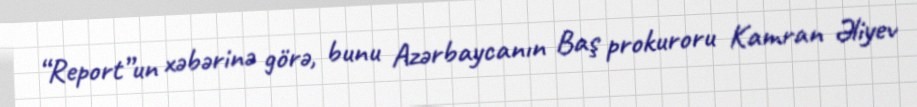
“Report”un xəbərinə görə, bunu Azərbaycanın Baş prokuroru Kamran Əliyev